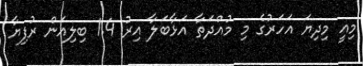
މިއީ މިދިޔަ އަހަރުގެ މި މުއްދަތާ އަޅާބަލާ އިރު 1.4 ބިލިއަން ރުފިޔާ